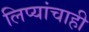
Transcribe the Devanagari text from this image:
लिप्यांचाही